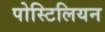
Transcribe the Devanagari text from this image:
पोस्टिलियन